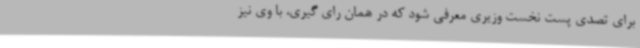
برای تصدی پست نخست وزیری معرفی شود که در همان رای گیری، با وی نیز